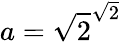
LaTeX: a=\sqrt{2}^{\sqrt{2}}